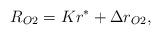
LaTeX: \begin{align*}R_{O2}= Kr^*+\Delta r_{O2},\end{align*}